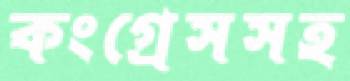
কংগ্রেসসহ